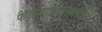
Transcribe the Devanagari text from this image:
फैजाबादजिल्ह्यातील